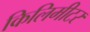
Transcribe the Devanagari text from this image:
किलिमीटर